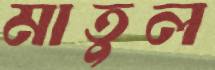
মাতুল